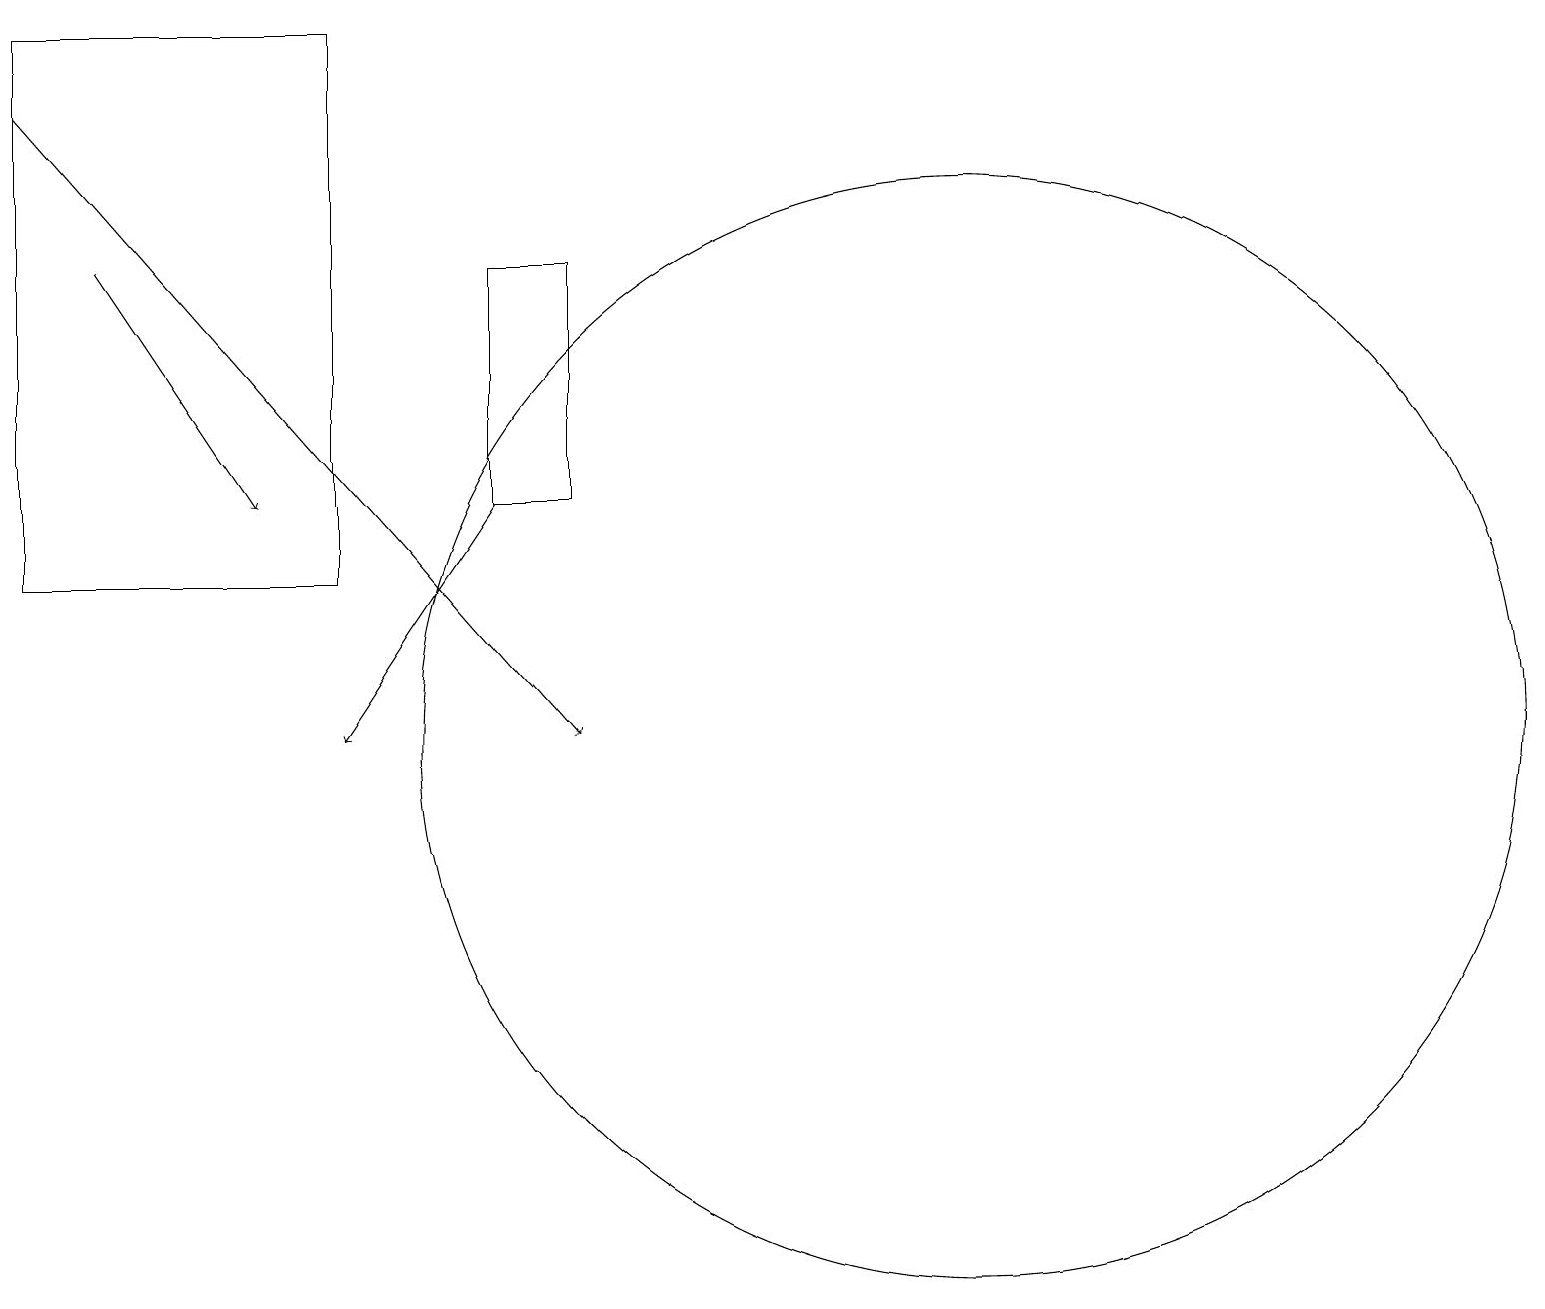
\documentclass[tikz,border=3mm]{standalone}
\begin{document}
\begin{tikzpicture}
\draw[->] (6,13) -- (4,10);
\draw[->] (0,18) -- (7,10);
\draw (4,19) rectangle (0,12);
\draw (12,10) circle (7);
\draw (6,13) rectangle (7,16);
\draw[->] (1,16) -- (3,13);
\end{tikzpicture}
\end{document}